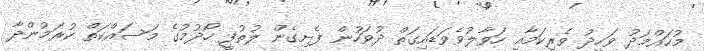
މުހައްމަދު ވަހީދު ވެރިކަމާއި ހަވާލުވެވަޑައިގަތް ދުވަހުން ފެށިގެން ލުތުފީ ހޯދުމުގެ މަސައްކަތް ކުރަމުންދާ